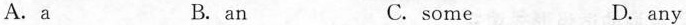
A.a B.an C.some D.any